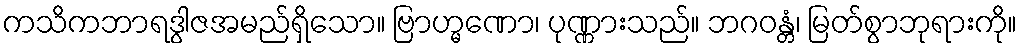
ကသိကဘာရဒွါဇအမည်ရှိသော။ ဗြာဟ္မဏော၊ ပုဏ္ဏားသည်။ ဘဂဝန္တံ၊ မြတ်စွာဘုရားကို။